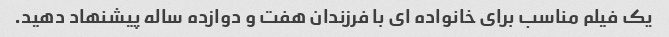
یک فیلم مناسب برای خانواده ای با فرزندان هفت و دوازده ساله پیشنهاد دهید.